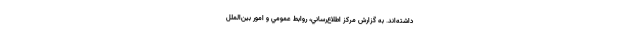
داشته‌اند. به گزارش مركز اطلاع‌رساني، روابط عمومي و امور بين‌الملل